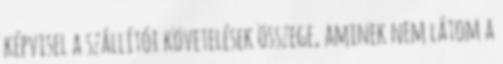
képvisel a szállítói követelések összege, aminek nem látom a